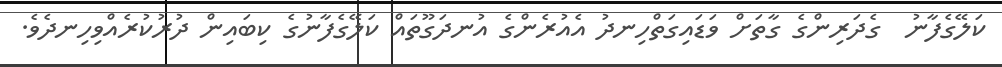
ކަލޭގެފާނު  ގެދަރިންގެ ގާތަށް ވަޑައިގަތްހިނދު އެއުރެންގެ އުނދަގޫތައް ކަލޭގެފާނުގެ ކިބައިން ދުރުކުރެއްވިހިނދެވެ.